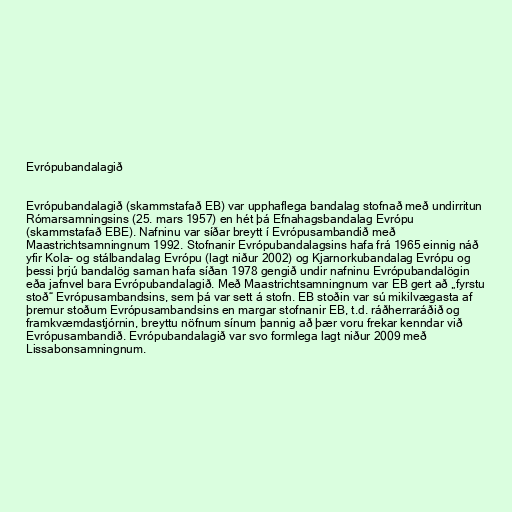
Evrópubandalagið

Evrópubandalagið (skammstafað EB) var upphaflega bandalag stofnað með undirritun
Rómarsamningsins (25. mars 1957) en hét þá Efnahagsbandalag Evrópu
(skammstafað EBE). Nafninu var síðar breytt í Evrópusambandið með
Maastrichtsamningnum 1992. Stofnanir Evrópubandalagsins hafa frá 1965 einnig náð
yfir Kola– og stálbandalag Evrópu (lagt niður 2002) og Kjarnorkubandalag Evrópu og
þessi þrjú bandalög saman hafa síðan 1978 gengið undir nafninu Evrópubandalögin
eða jafnvel bara Evrópubandalagið. Með Maastrichtsamningnum var EB gert að „fyrstu
stoð“ Evrópusambandsins, sem þá var sett á stofn. EB stoðin var sú mikilvægasta af
þremur stoðum Evrópusambandsins en margar stofnanir EB, t.d. ráðherraráðið og
framkvæmdastjórnin, breyttu nöfnum sínum þannig að þær voru frekar kenndar við
Evrópusambandið. Evrópubandalagið var svo formlega lagt niður 2009 með
Lissabonsamningnum.